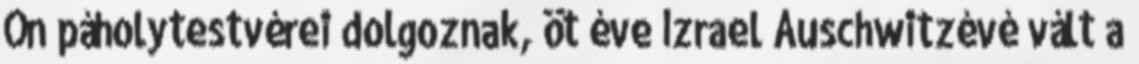
Ön páholytestvérei dolgoznak, öt éve Izrael Auschwitzévé vált a